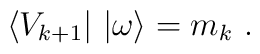
\langle V_{k+1}|\ |\omega\rangle=m_k\ .